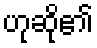
ဟုဆို၏